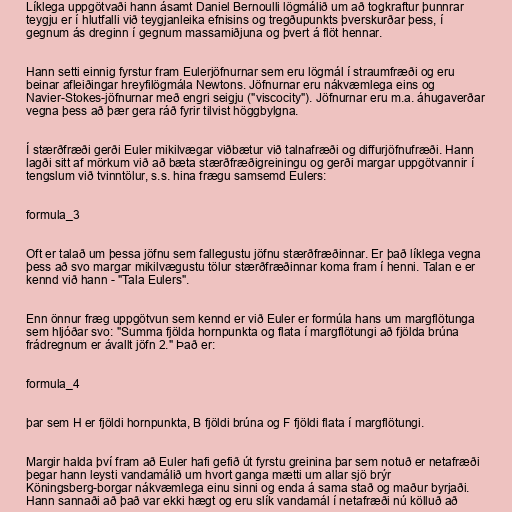
Líklega uppgötvaði hann ásamt Daniel Bernoulli lögmálið um að togkraftur þunnrar
teygju er í hlutfalli við teygjanleika efnisins og tregðupunkts þverskurðar þess, í
gegnum ás dreginn í gegnum massamiðjuna og þvert á flöt hennar.

Hann setti einnig fyrstur fram Eulerjöfnurnar sem eru lögmál í straumfræði og eru
beinar afleiðingar hreyfilögmála Newtons. Jöfnurnar eru nákvæmlega eins og
Navier-Stokes-jöfnurnar með engri seigju ("viscocity"). Jöfnurnar eru m.a. áhugaverðar
vegna þess að þær gera ráð fyrir tilvist höggbylgna.

Í stærðfræði gerði Euler mikilvægar viðbætur við talnafræði og diffurjöfnufræði. Hann
lagði sitt af mörkum við að bæta stærðfræðigreiningu og gerði margar uppgötvannir í
tengslum við tvinntölur, s.s. hina frægu samsemd Eulers:

formula_3

Oft er talað um þessa jöfnu sem fallegustu jöfnu stærðfræðinnar. Er það líklega vegna
þess að svo margar mikilvægustu tölur stærðfræðinnar koma fram í henni. Talan e er
kennd við hann - "Tala Eulers".

Enn önnur fræg uppgötvun sem kennd er við Euler er formúla hans um margflötunga
sem hljóðar svo: "Summa fjölda hornpunkta og flata í margflötungi að fjölda brúna
frádregnum er ávallt jöfn 2." Það er:

formula_4

þar sem H er fjöldi hornpunkta, B fjöldi brúna og F fjöldi flata í margflötungi.

Margir halda því fram að Euler hafi gefið út fyrstu greinina þar sem notuð er netafræði
þegar hann leysti vandamálið um hvort ganga mætti um allar sjö brýr
Köningsberg-borgar nákvæmlega einu sinni og enda á sama stað og maður byrjaði.
Hann sannaði að það var ekki hægt og eru slík vandamál í netafræði nú kölluð að